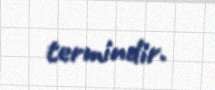
termindir.